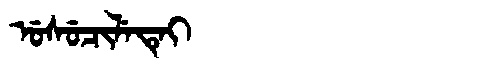
Manchu: ᡠᠰᡠᠴᡳᠯᡝᡨᡝᡳ
Romanization: USUCILETEI